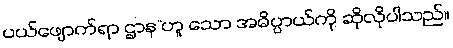
ပယ်ဖျောက်ရာ ဌာန”ဟူ သော အဓိပ္ပာယ်ကို ဆိုလိုပါသည်။